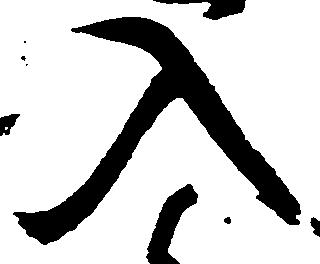
入